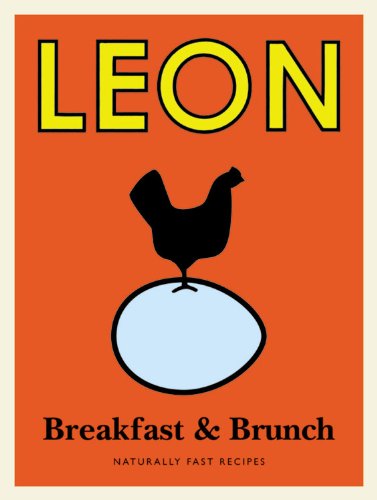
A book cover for Leon Breakfast and Brunch; Cookbooks, Food & Wine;